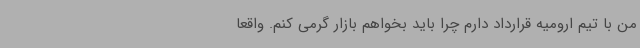
من با تیم ارومیه قرارداد دارم چرا باید بخواهم بازار گرمی کنم. واقعا